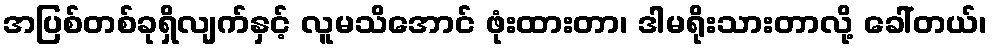
အပြစ်တစ်ခုရှိလျက်နှင့် လူမသိအောင် ဖုံးထားတာ၊ ဒါမရိုးသားတာလို့ ခေါ်တယ်၊